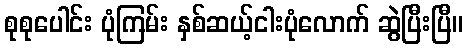
စုစုပေါင်း ပုံကြမ်း နှစ်ဆယ့်ငါးပုံလောက် ဆွဲပြီးပြီ။